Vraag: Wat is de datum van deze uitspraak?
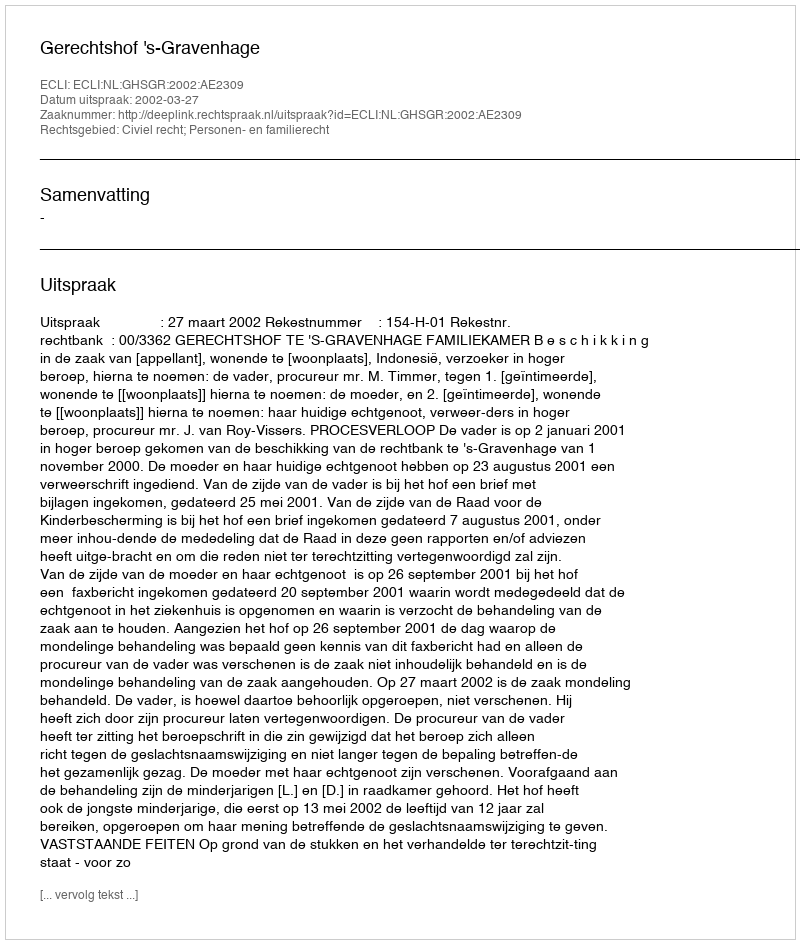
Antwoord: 2002-03-27